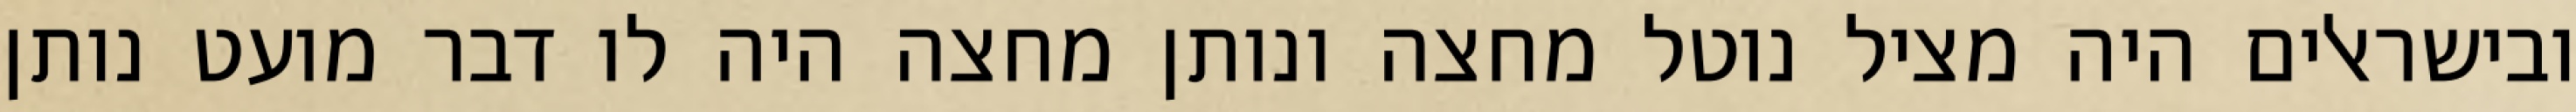
ובישראלים היה מציל נוטל מחצה ונותן מחצה היה לו דבר מועט נותן